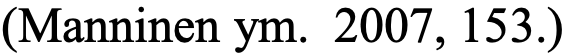
(Manninen ym. 2007, 153.)